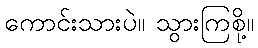
ကောင်းသားပဲ။ သွားကြစို့။